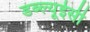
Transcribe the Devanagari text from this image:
डब्ल्यूईसी